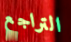
التراجع